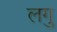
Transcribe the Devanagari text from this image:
लगु